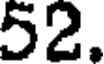
52.